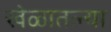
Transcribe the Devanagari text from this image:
खेळातल्या